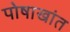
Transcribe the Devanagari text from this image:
पोषाखांत